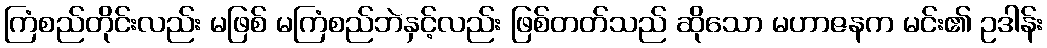
ကြံစည်တိုင်းလည်း မဖြစ် မကြံစည်ဘဲနှင့်လည်း ဖြစ်တတ်သည် ဆိုသော မဟာဇနက မင်း၏ ဥဒါန်း